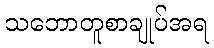
သဘောတူစာချုပ်အရ